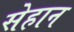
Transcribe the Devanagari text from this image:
सेहान